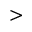
>